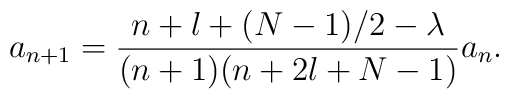
a_{n+1}=\frac{n+l+(N-1)/2-\lambda}{(n+1)(n+2l+N-1)}a_n.